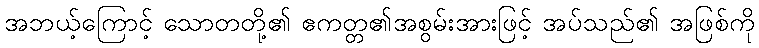
အဘယ့်ကြောင့် သောတတို့၏ ဧကတ္တ၏အစွမ်းအားဖြင့် အပ်သည်၏ အဖြစ်ကို